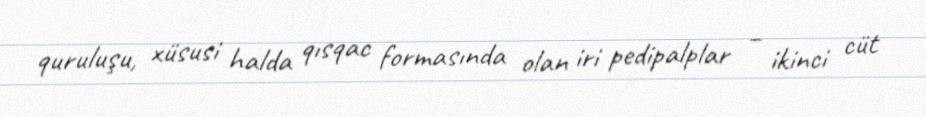
quruluşu, xüsusi halda qısqac formasında olan iri pedipalplar – ikinci cüt